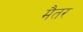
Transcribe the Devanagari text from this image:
मैतर